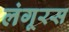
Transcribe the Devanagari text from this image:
लंगूरस